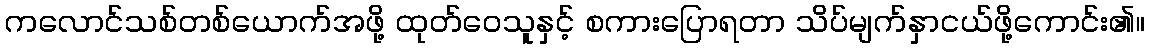
ကလောင်သစ်တစ်ယောက်အဖို့ ထုတ်ဝေသူနှင့် စကားပြောရတာ သိပ်မျက်နှာငယ်ဖို့ကောင်း၏။